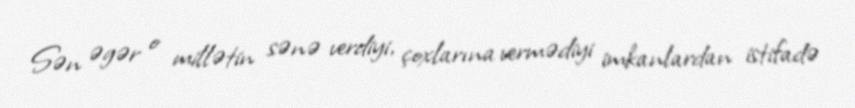
Sən əgər o millətin sənə verdiyi, çoxlarına vermədiyi imkanlardan istifadə